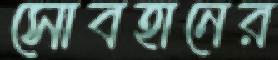
সোবহানের